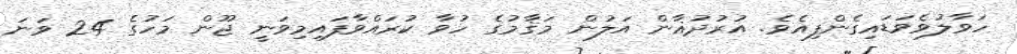
ހަވާލުވެވަޑައިގެންފިއެވެ. އުރުދުޣާން އަލުން މަޤާމުގެ ހުވާ ކުރައްވާފައިމިވަނީ ޖޫން މަހުގެ 24 ވަނަ